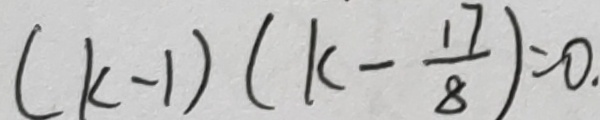
( k - 1 ) ( k - \frac { 1 7 } { 8 } ) = 0 .